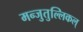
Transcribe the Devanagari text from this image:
मन्जुतुल्लिकल्